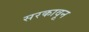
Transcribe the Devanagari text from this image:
सरकावून